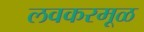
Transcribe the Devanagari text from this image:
लवकरमूळ